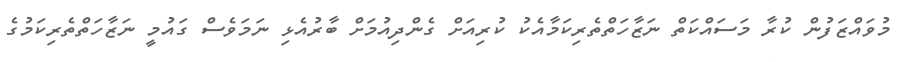
މުވައްޒަފުން ކުރާ މަސައްކަތް ނަޒާހަތްތެރިކަމާއެކު ކުރިއަށް ގެންދިއުމަށް ބާރުއެޅި ނަމަވެސް ގައުމީ ނަޒާހަތްތެރިކަމުގެ